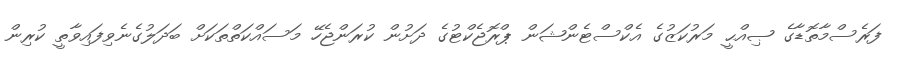
ފަރެސްމާތޮޑާގެ ޞިއްޙީ މަރުކަޒުގެ އެކްސްޓެންޝަން ޕްރޮޖެކްޓުގެ ދަށުން ކުރަންޖެހޭ މަސައްކަތްތަކަށް ބަދަލުގެނެވިފައިވާތީ ކުރިން